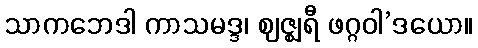
သာကဘေဒါ ကာသမဒ္ဒ၊ ဈဇ္ဈရီ ဖဂ္ဂဝါ’ဒယော။